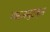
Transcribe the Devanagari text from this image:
मारूनमुटकून